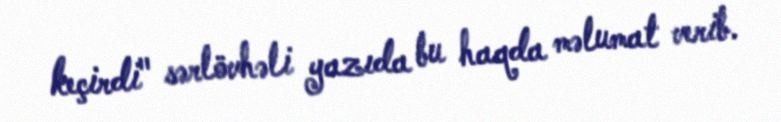
keçirdi" sərlövhəli yazıda bu haqda məlumat verib.